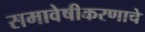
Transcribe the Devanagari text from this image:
समावेषीकरणाचे